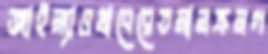
জাইন্যাওথাবেরেতমানক্রমগ